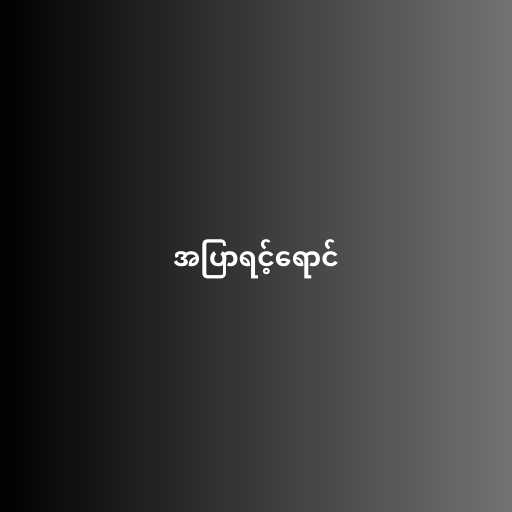
အပြာရင့်ရောင်